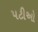
પટીઓ